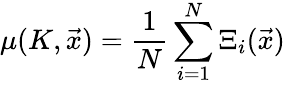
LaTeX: \mu(K,\vec{x})=\frac{1}{N}\sum_{i=1}^{N}\Xi_{i}(\vec{x})